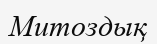
Митоздық